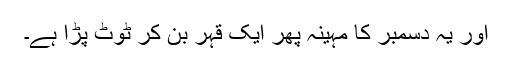
اور یہ دسمبر کا مہینہ پھر ایک قہر بن کر ٹوٹ پڑا ہے۔